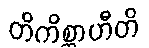
တိကိစ္ဆာဟီတိ